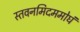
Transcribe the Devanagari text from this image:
स्तवनमिदममोघं